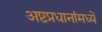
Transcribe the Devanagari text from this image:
अष्टप्रधानांमध्यें